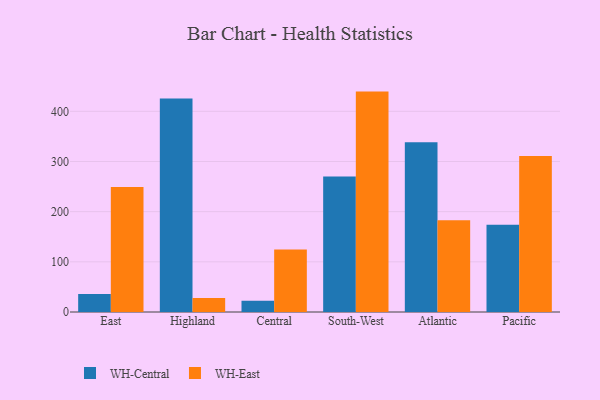
{"axis": {"x": "Region", "y": "Website Visitors"}, "legend": ["WH-Central", "WH-East"], "data": [{"x": "East", "y": 35.7, "type": "WH-Central"}, {"x": "East", "y": 249.3, "type": "WH-East"}, {"x": "Highland", "y": 425.5, "type": "WH-Central"}, {"x": "Highland", "y": 27.8, "type": "WH-East"}, {"x": "Central", "y": 22.3, "type": "WH-Central"}, {"x": "Central", "y": 124.5, "type": "WH-East"}, {"x": "South-West", "y": 270.3, "type": "WH-Central"}, {"x": "South-West", "y": 439.3, "type": "WH-East"}, {"x": "Atlantic", "y": 338.3, "type": "WH-Central"}, {"x": "Atlantic", "y": 182.7, "type": "WH-East"}, {"x": "Pacific", "y": 173.8, "type": "WH-Central"}, {"x": "Pacific", "y": 311.0, "type": "WH-East"}]}